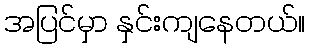
အပြင်မှာ နှင်းကျနေတယ်။